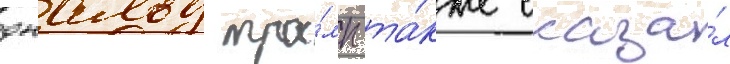
дональд тра́мп та́кже сказа́л